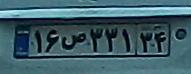
۱۶ص۳۳۱۳۴